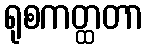
ရုစကတ္ထတာ